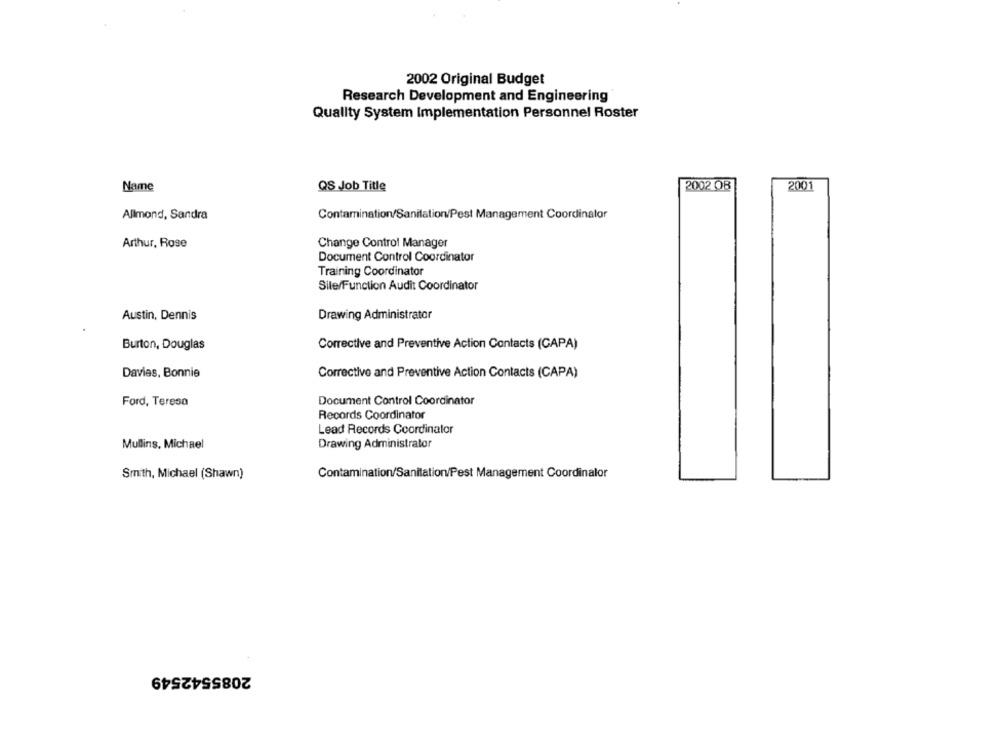
2002 Original Budget
Research Development and Engineering
Quality System Implementation Personnel Roster
2002 OB
2001
Name
QS Job Title
Allmond, Sandra
Contamination/Sanitation/Pest Management Coordinator
Arthur, Rose
Change Control Manager
Document Control Coordinator
Training Coordinator
Sile/Function Audit Coordinator
Austin, Dennis
Drawing Administrator
Burton, Douglas
Corrective and Preventive Action Contacts (CAPA)
Davies, Bonnie
Corrective and Preventive Action Contacts (CAPA)
Document Control Coordinator
Ford, Teresa
Records Coordinator
Lead Records Coordinator
Mullins, Michael
Drawing Administrator
Smith, Michael (Shawn)
Contamination/Sanitation/Pest Management Coordinalor
2085542549